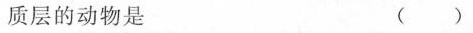
质层的动物是（ ）